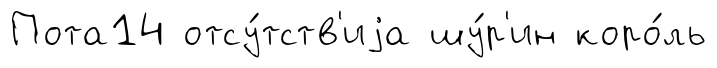
Пота14 отсу́тств'иjа шу́р'ин коро́ль